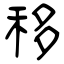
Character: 移